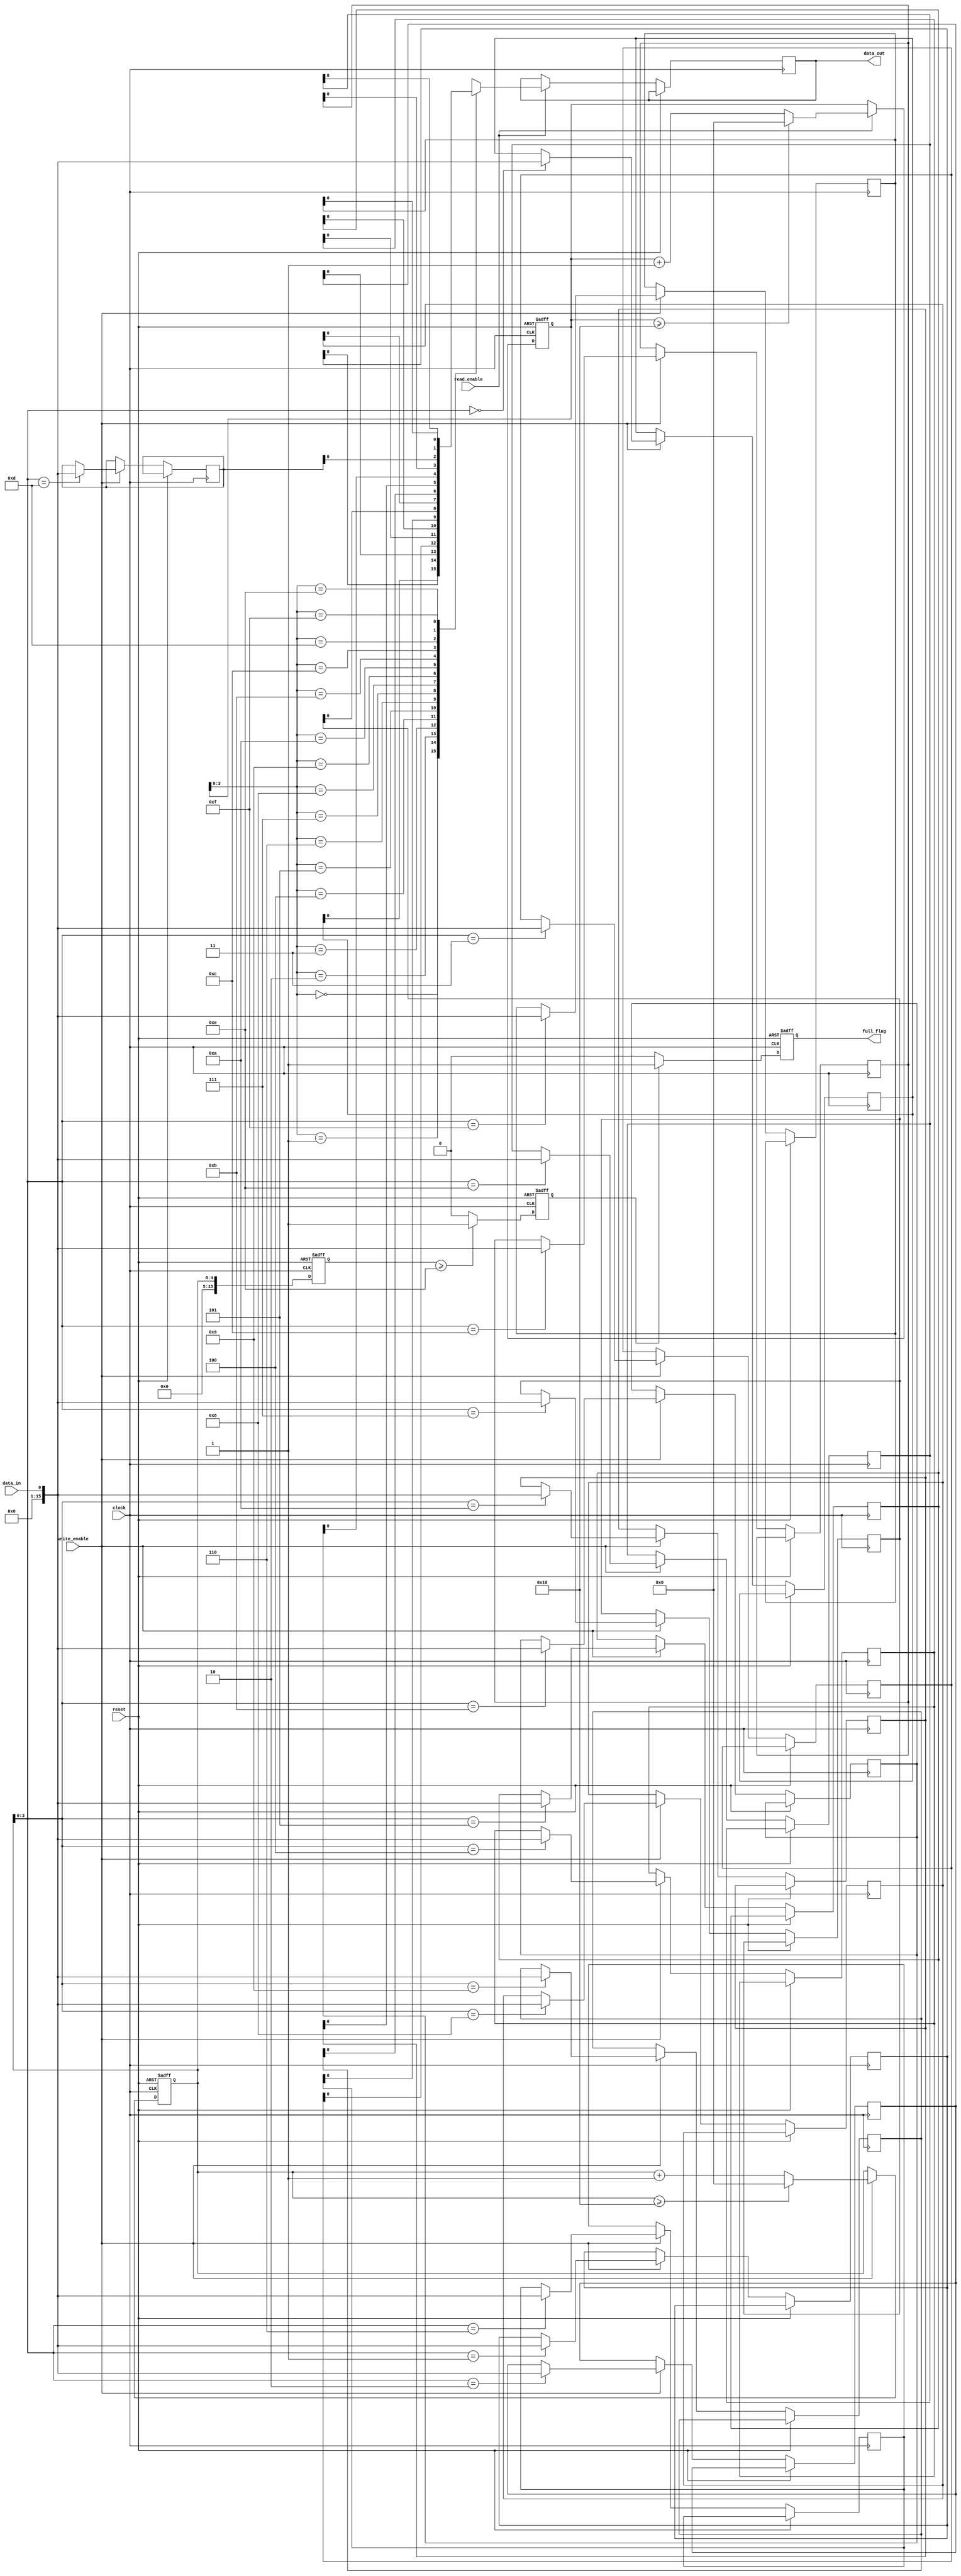
module almost_full_fifo(
    input clock,
    input reset,
    input data_in,
    input write_enable,
    input read_enable,
    output reg data_out,
    output reg full_flag
);

parameter BUFFER_SIZE = 16; // set the buffer size to 16

reg [BUFFER_SIZE-1:0] buffer [0:BUFFER_SIZE-1];
reg [4:0] write_pointer;
reg [4:0] read_pointer;
reg [BUFFER_SIZE-1:0] full_count;
reg almost_full; // flag to indicate if the buffer is almost full

always @(posedge clock or posedge reset) begin
    if (reset) begin
        write_pointer <= 0;
        read_pointer <= 0;
        full_flag <= 0;
        almost_full <= 0;
        full_count <= 0;
    end else begin
        if (write_enable) begin
            buffer[write_pointer] <= data_in;
            write_pointer <= write_pointer + 1;
            if (write_pointer >= BUFFER_SIZE) begin
                write_pointer <= 0;
            end
        end
        
        if (read_enable) begin
            data_out <= buffer[read_pointer];
            read_pointer <= read_pointer + 1;
            if (read_pointer >= BUFFER_SIZE) begin
                read_pointer <= 0;
            end
        end
        
        // Check if the buffer is almost full
        if (full_count >= BUFFER_SIZE - 2) begin
            almost_full <= 1;
        end else begin
            almost_full <= 0;
        end
        
        // Trigger flag if the buffer is almost full
        if (almost_full) begin
            full_flag <= 1;
        end else begin
            full_flag <= 0;
        end
        
        // Update full count based on write pointer
        full_count <= write_pointer;
    end
end

endmodule